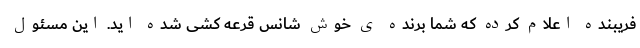
فریبنده اعلام کرده که شما برنده ی خوش شانس قرعه کشی شده اید. این مسئول